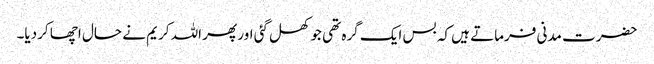
حضرت مدنی فرماتے ہیں کہ بس ایک گرہ تھی جو کھل گئی اور پھر اللہ کریم نے حال اچھا کردیا۔